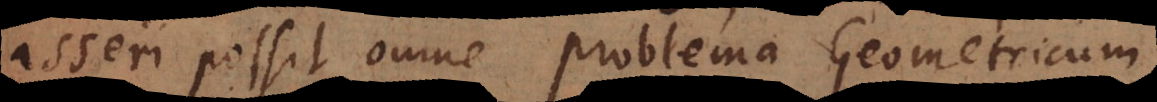
asseri possit omne problema Geometricum